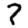
Digit: 7